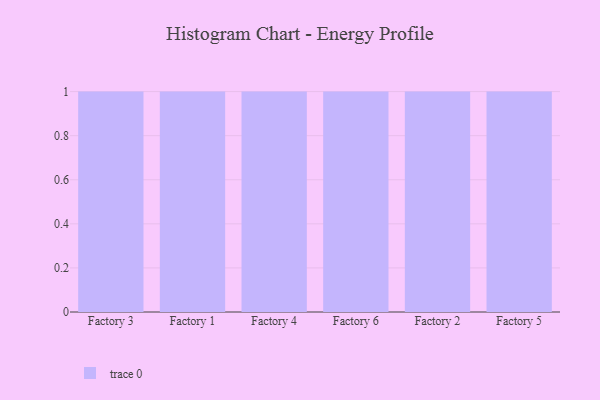
{"axis": {"x": "Factory", "y": "Shipments"}, "legend": [""], "data": [{"x": "Factory 3", "y": 7, "type": ""}, {"x": "Factory 1", "y": 70, "type": ""}, {"x": "Factory 4", "y": 58, "type": ""}, {"x": "Factory 6", "y": 10, "type": ""}, {"x": "Factory 2", "y": 47, "type": ""}, {"x": "Factory 5", "y": 79, "type": ""}]}